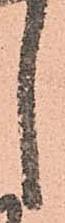
し